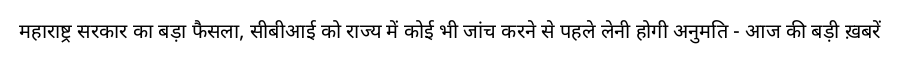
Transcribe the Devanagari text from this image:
महाराष्ट्र सरकार का बड़ा फैसला, सीबीआई को राज्य में कोई भी जांच करने से पहले लेनी होगी अनुमति - आज की बड़ी ख़बरें